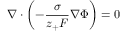
\nabla \cdot \left( - \frac { \sigma } { z _ { + } F } \nabla \Phi \right) = 0